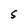
Character: S